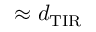
\approx d _ { \mathrm { T I R } }